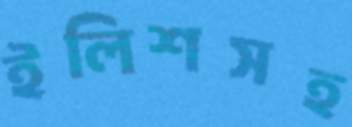
ইলিশসহ